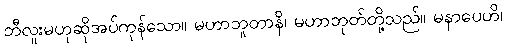
ဘီလူးမဟုဆိုအပ်ကုန်သော။ မဟာဘူတာနိ၊ မဟာဘုတ်တို့သည်။ မနာပေဟိ၊